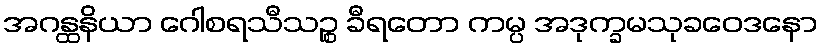
အဂန္ထနိယာ ဂေါစရသီသဉ္စ ခီရတော ကမ္ပ အဒုက္ခမသုခဝေဒနော